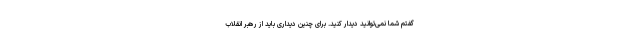
گفتم شما نمی‌توانید دیدار کنید. برای چنین دیداری باید از رهبر انقلاب